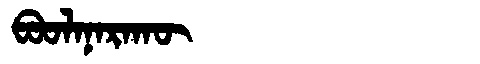
Manchu: ᠪᠣᠣᠯᠠᠨᠠᡵᠠᡴᡡ
Romanization: BOOLANARAKŪ